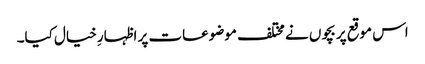
اس موقع پر بچوں نے مختلف موضوعات پر اظہارِ خیال کیا۔